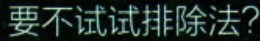
要不试试排除法?